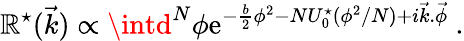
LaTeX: \mathbb{R}^{\star}(\vec{{k}})\propto\intd^{N}\phi\mathrm{{e}}^{-{\frac{{b}}{{2}}}\phi^{2}-NU_{0}^{\star}(\phi^{2}/N)+i\vec{{k}}.\vec{{\phi}}}\ .